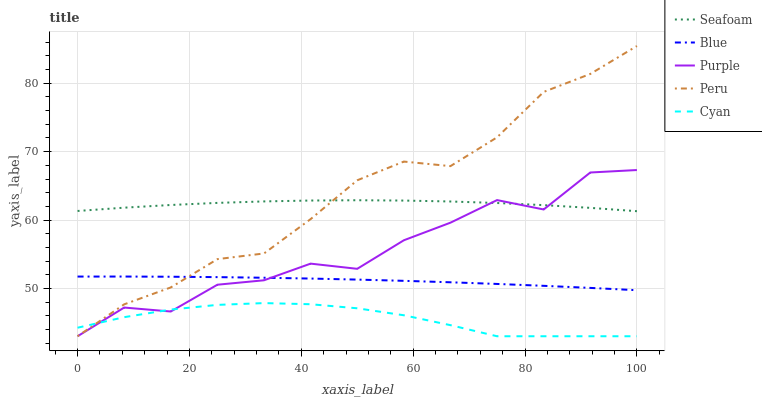
| xaxis_label | Seafoam | Blue | Purple | Peru | Cyan |
 | --- | --- | --- | --- | --- | --- |
 | 0 | 61.3 | 51.7 | 43 | 43 | 44.2 |
 | 8.33 | 61.8 | 51.7 | 47.2 | 47.7 | 45.8 |
 | 16.7 | 62.2 | 51.7 | 46.6 | 50.1 | 46.9 |
 | 25 | 62.5 | 51.6 | 50.5 | 54.3 | 47.6 |
 | 33.3 | 62.7 | 51.6 | 51.2 | 55.1 | 47.9 |
 | 41.7 | 62.9 | 51.4 | 53.6 | 60.1 | 47.7 |
 | 50 | 62.9 | 51.3 | 52.9 | 65.8 | 47.1 |
 | 58.3 | 62.8 | 51.1 | 57 | 68.6 | 46.1 |
 | 66.7 | 62.7 | 50.9 | 59.6 | 67.9 | 44.6 |
 | 75 | 62.5 | 50.7 | 62.9 | 72.1 | 43 |
 | 83.3 | 62.2 | 50.4 | 61.5 | 78.7 | 43 |
 | 91.7 | 61.8 | 50.1 | 67 | 81.4 | 43 |
 | 100 | 61.3 | 49.7 | 67.3 | 85.5 | 43 |